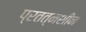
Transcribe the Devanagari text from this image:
प्रतत्नशीन